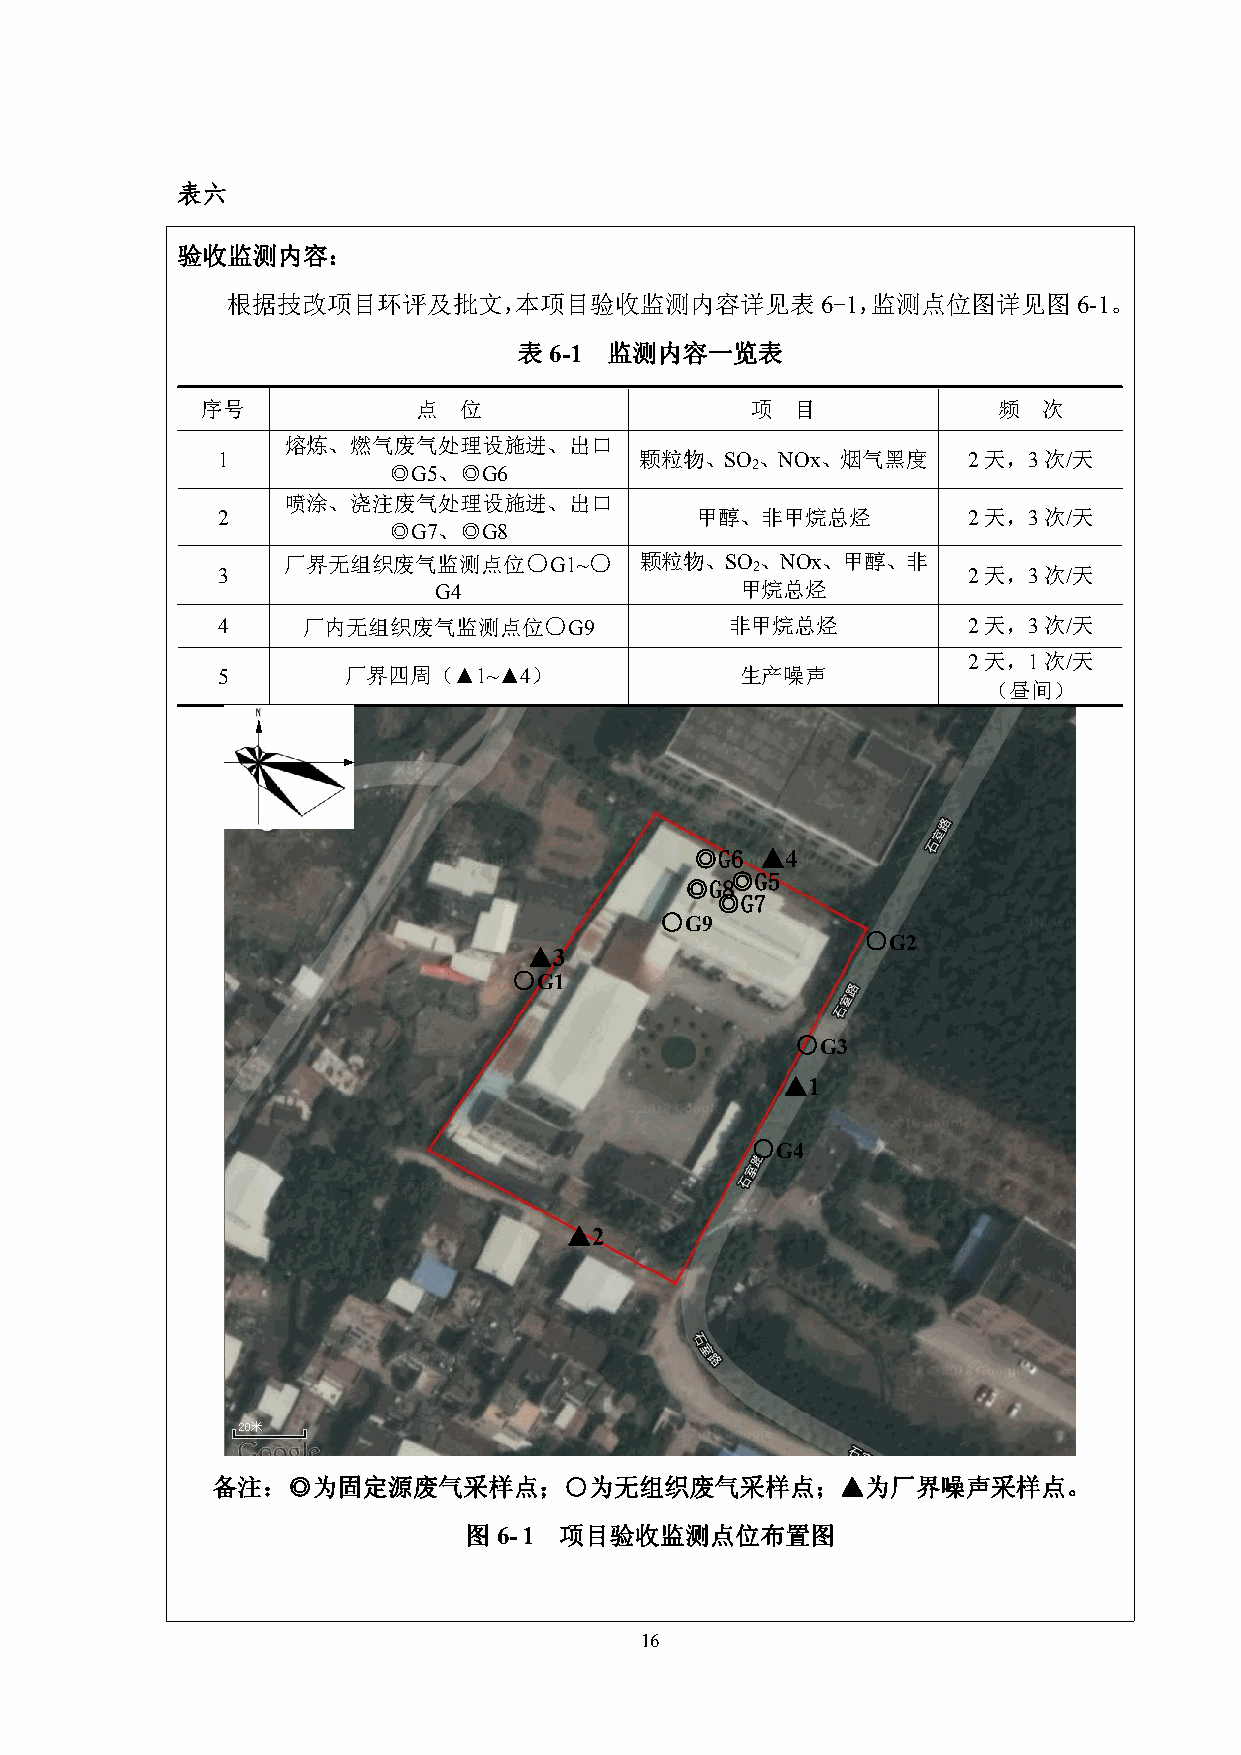
表六
 验收监测内容：
 根据技改项目环评及批文，本项目验收监测内容详见表6-1，监测点位图详见图6-1。
 表6-1  监测内容一览表
 序号             点 位                   项  目            频  次
 熔炼、燃气废气处理设施进、出口
 1                           颗粒物、SO  、NOx、烟气黑度     2天，3次/天
 ◎G5、◎G6                 2
 喷涂、浇注废气处理设施进、出口
 2                               甲醇、非甲烷总烃          2天，3次/天
 ◎G7、◎G8
 3
 厂界无组织废气监测点位○     G1~○  颗粒物、SO  2、NOx、甲醇、非
 2天，3次/天
 G4                  甲烷总烃
 4     厂内无组织废气监测点位○      G9        非甲烷总烃           2天，3次/天
 2天，1次/天
 5        厂界四周（▲1~▲4）               生产噪声
 （昼间）
 ◎G6 ▲4
 ◎G5
 ◎G8
 ◎G7
 ○G9
 ○
 G2
 ▲3
 ○G1
 ○
 G3
 ▲1
 ○
 G4
 ▲2
 备注：◎为固定源废气采样点；○为无组织废气采样点；▲为厂界噪声采样点。
 图6-1  项目验收监测点位布置图
 16